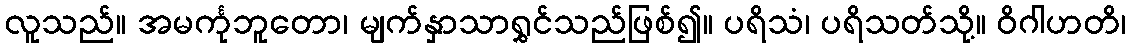
လူသည်။ အမင်္ကုဘူတော၊ မျက်နှာသာရွှင်သည်ဖြစ်၍။ ပရိသံ၊ ပရိသတ်သို့။ ဝိဂါဟတိ၊